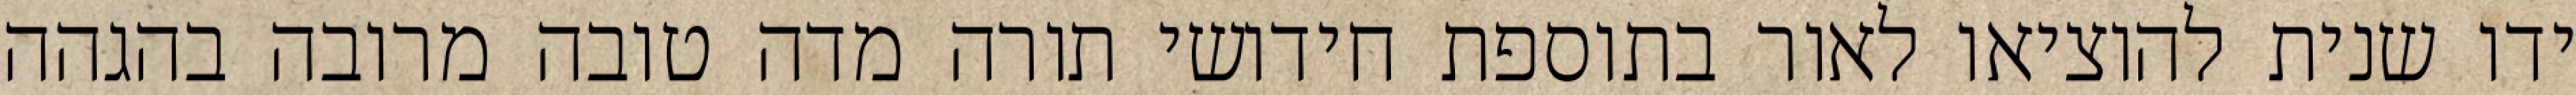
ידו שנית להוציאו לאור בתוספת חידושי תורה מדה טובה מרובה בהגהה